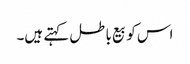
اس کو بیع باطل کہتے ہیں۔